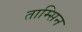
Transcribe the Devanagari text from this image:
ताम्सिन